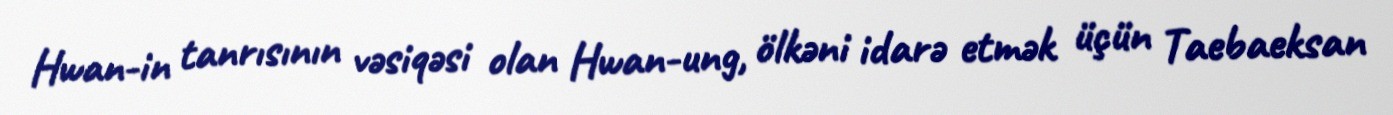
Hwan-in tanrısının vəsiqəsi olan Hwan-ung, ölkəni idarə etmək üçün Taebaeksan